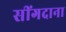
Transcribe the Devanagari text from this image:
सींगदाना